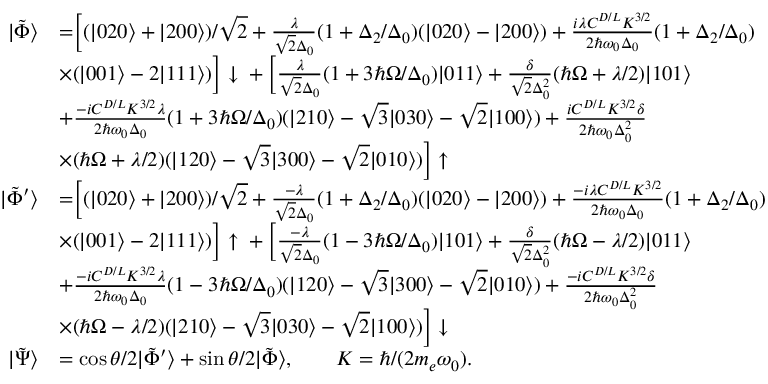
\begin{array} { r l } { | \tilde { \Phi } \rangle } & { = \Bigr [ ( | 0 2 0 \rangle + | 2 0 0 \rangle ) / \sqrt { 2 } + \frac { \lambda } { \sqrt { 2 } \Delta _ { 0 } } ( 1 + \Delta _ { 2 } / \Delta _ { 0 } ) ( | 0 2 0 \rangle - | 2 0 0 \rangle ) + \frac { i \lambda C ^ { D / L } K ^ { 3 / 2 } } { 2 \hbar \omega _ { 0 } \Delta _ { 0 } } ( 1 + \Delta _ { 2 } / \Delta _ { 0 } ) } \\ & { \times ( | 0 0 1 \rangle - 2 | 1 1 1 \rangle ) \Bigr ] \downarrow \: + \: \Bigr [ \frac { \lambda } { \sqrt { 2 } \Delta _ { 0 } } ( 1 + 3 \hbar \Omega / \Delta _ { 0 } ) | 0 1 1 \rangle + \frac { \delta } { \sqrt { 2 } \Delta _ { 0 } ^ { 2 } } ( \hbar \Omega + \lambda / 2 ) | 1 0 1 \rangle } \\ & { + \frac { - i C ^ { D / L } K ^ { 3 / 2 } \lambda } { 2 \hbar \omega _ { 0 } \Delta _ { 0 } } ( 1 + 3 \hbar \Omega / \Delta _ { 0 } ) ( | 2 1 0 \rangle - \sqrt { 3 } | 0 3 0 \rangle - \sqrt { 2 } | 1 0 0 \rangle ) + \frac { i C ^ { D / L } K ^ { 3 / 2 } \delta } { 2 \hbar \omega _ { 0 } \Delta _ { 0 } ^ { 2 } } } \\ & { \times ( \hbar \Omega + \lambda / 2 ) ( | 1 2 0 \rangle - \sqrt { 3 } | 3 0 0 \rangle - \sqrt { 2 } | 0 1 0 \rangle ) \Bigr ] \uparrow } \\ { | \tilde { \Phi } ^ { \prime } \rangle } & { = \Bigr [ ( | 0 2 0 \rangle + | 2 0 0 \rangle ) / \sqrt { 2 } + \frac { - \lambda } { \sqrt { 2 } \Delta _ { 0 } } ( 1 + \Delta _ { 2 } / \Delta _ { 0 } ) ( | 0 2 0 \rangle - | 2 0 0 \rangle ) + \frac { - i \lambda C ^ { D / L } K ^ { 3 / 2 } } { 2 \hbar \omega _ { 0 } \Delta _ { 0 } } ( 1 + \Delta _ { 2 } / \Delta _ { 0 } ) } \\ & { \times ( | 0 0 1 \rangle - 2 | 1 1 1 \rangle ) \Bigr ] \uparrow \: + \: \Bigr [ \frac { - \lambda } { \sqrt { 2 } \Delta _ { 0 } } ( 1 - 3 \hbar \Omega / \Delta _ { 0 } ) | 1 0 1 \rangle + \frac { \delta } { \sqrt { 2 } \Delta _ { 0 } ^ { 2 } } ( \hbar \Omega - \lambda / 2 ) | 0 1 1 \rangle } \\ & { + \frac { - i C ^ { D / L } K ^ { 3 / 2 } \lambda } { 2 \hbar \omega _ { 0 } \Delta _ { 0 } } ( 1 - 3 \hbar \Omega / \Delta _ { 0 } ) ( | 1 2 0 \rangle - \sqrt { 3 } | 3 0 0 \rangle - \sqrt { 2 } | 0 1 0 \rangle ) + \frac { - i C ^ { D / L } K ^ { 3 / 2 } \delta } { 2 \hbar \omega _ { 0 } \Delta _ { 0 } ^ { 2 } } } \\ & { \times ( \hbar \Omega - \lambda / 2 ) ( | 2 1 0 \rangle - \sqrt { 3 } | 0 3 0 \rangle - \sqrt { 2 } | 1 0 0 \rangle ) \Bigr ] \downarrow } \\ { | \tilde { \Psi } \rangle } & { = \cos { \theta / 2 } | \tilde { \Phi } ^ { \prime } \rangle + \sin { \theta / 2 } | \tilde { \Phi } \rangle , \qquad K = \hbar / ( 2 m _ { e } \omega _ { 0 } ) . } \end{array}